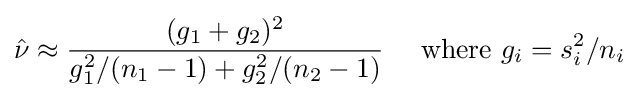
{\hat {\nu }}\approx {\frac {(g_{1}+g_{2})^{2}}{g_{1}^{2}/(n_{1}-1)+g_{2}^{2}/(n_{2}-1)}}\quad {\text{ where }}g_{i}=s_{i}^{2}/n_{i}